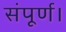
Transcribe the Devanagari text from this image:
संपूर्ण।